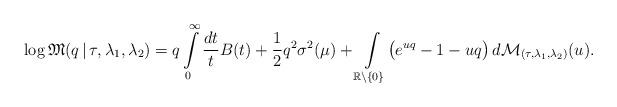
LaTeX: \begin{align*}\log\mathfrak{M}(q\,|\,\tau,\lambda_1,\lambda_2) =q\int\limits_0^\infty \frac{dt}{t} B(t)+\frac{1}{2}q^2\sigma^2(\mu)+\int\limits_{\mathbb{R}\setminus\{0\}} \bigl(e^{uq}-1-uq\bigr)\,d\mathcal{M}_{(\tau, \lambda_1, \lambda_2)}(u). \end{align*}